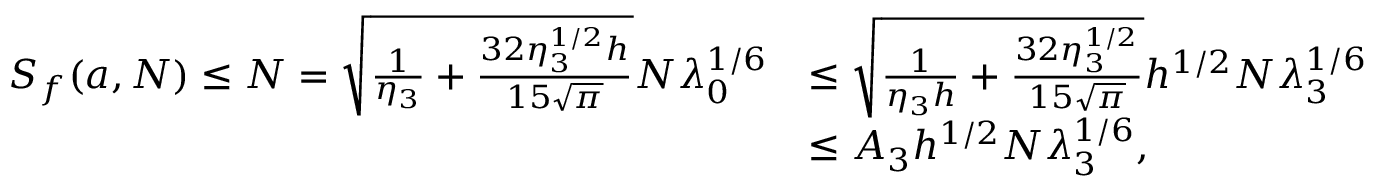
\begin{array} { r l } { S _ { f } ( a , N ) \le N = \sqrt { \frac { 1 } { \eta _ { 3 } } + \frac { 3 2 \eta _ { 3 } ^ { 1 / 2 } h } { 1 5 \sqrt { \pi } } } N \lambda _ { 0 } ^ { 1 / 6 } } & { \le \sqrt { \frac { 1 } { \eta _ { 3 } h } + \frac { 3 2 \eta _ { 3 } ^ { 1 / 2 } } { 1 5 \sqrt { \pi } } } h ^ { 1 / 2 } N \lambda _ { 3 } ^ { 1 / 6 } } \\ & { \le A _ { 3 } h ^ { 1 / 2 } N \lambda _ { 3 } ^ { 1 / 6 } , } \end{array}